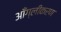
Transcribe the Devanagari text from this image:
आँग्लीकरण